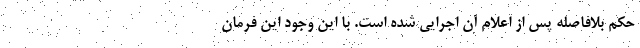
حکم بلافاصله پس از اعلام آن اجرایی شده است. با این وجود این فرمان